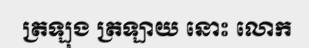
ត្រឡុង ត្រឡាយ នោះ លោក